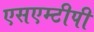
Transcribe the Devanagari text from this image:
एसएम्टीपी